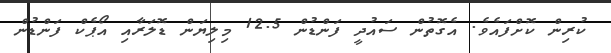
ކުރިން ކޮށްފައެވެ. އެގޮތުން ސައުދީ ފަންޑުން 12.5 މިލިޔަން ޑޮލަރާއި އޯޕެކް ފަންޑުން